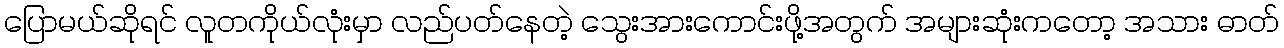
ပြောမယ်ဆိုရင် လူတကိုယ်လုံးမှာ လည်ပတ်နေတဲ့ သွေးအားကောင်းဖို့အတွက် အများဆုံးကတော့ အသား ဓာတ်